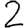
Digit: 2